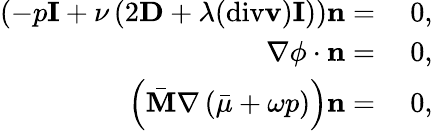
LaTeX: \begin{array}{rl}{\left(-p\mathbf{I}+\nu\left(2\mathbf{D}+\lambda(\mathrm{div}\mathbf{v})\mathbf{I}\right)\right)\mathbf{n}=}&{~0,}\\ {\nabla\phi\cdot\mathbf{n}=}&{~0,}\\ {\left(\bar{\mathbf{M}}\nabla\left(\bar{\mu}+\omega p\right)\right)\mathbf{n}=}&{~0,}\end{array}